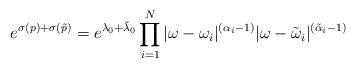
LaTeX: \begin{align*} e^{\sigma(p) + \sigma (\tilde{p})} = e^{\lambda_{0} + \tilde{\lambda}_{0} } \prod_{i=1}^{N} | \omega -\omega_{i}|^{(\alpha_{i} -1)} | \omega - \tilde{\omega}_{i}|^{(\tilde{\alpha}_{i} -1)}\end{align*}